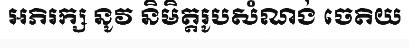
អភិរក្ស នូវ និមិត្តរូបសំណង់ ចេតិយ